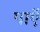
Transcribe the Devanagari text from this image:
पाएॅ